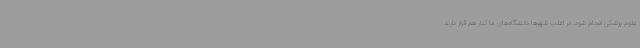
علوم پزشکی انجام شود. در اغلب شهرها دانشگاه‌های ما کنار هم قرار دارند